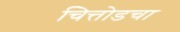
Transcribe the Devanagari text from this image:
चित्तोडचा